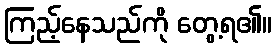
ကြည့်နေသည်ကို တွေ့ရ၏။